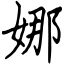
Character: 娜